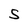
Character: S